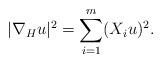
LaTeX: \begin{align*}|\nabla_{H}u|^2= \sum_{i=1}^m (X_i u)^2.\end{align*}